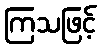
ကြသဖြင့်